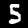
Label: 5